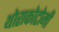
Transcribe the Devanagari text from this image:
थोराकोटोमी